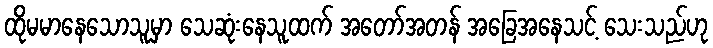
ထိုမမာနေသောသူမှာ သေဆုံးနေသူထက် အတော်အတန် အခြေအနေသင့် သေးသည်ဟု